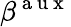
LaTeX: \beta^{\mathrm{~a~u~x~}}